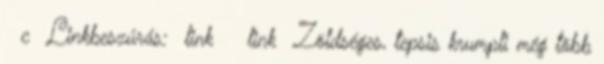
c Linkbeszúrás: link link Zöldséges, tepsis krumpli még több